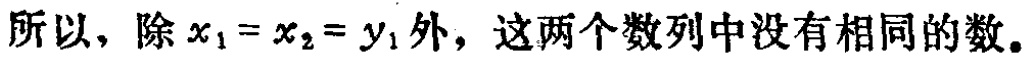
所以，除 \(x_{1}=x_{2}=y_{1}\) 外，这两个数列中没有相同的数。